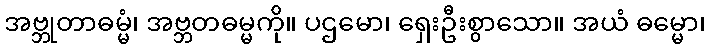
အဗ္ဘုတာဓမ္မံ၊ အဗ္ဘတဓမ္မကို။ ပဌမော၊ ရှေးဦးစွာသော။ အယံ ဓမ္မော၊